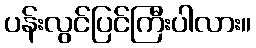
ပန်းလွင်ပြင်ကြီးပါလား။